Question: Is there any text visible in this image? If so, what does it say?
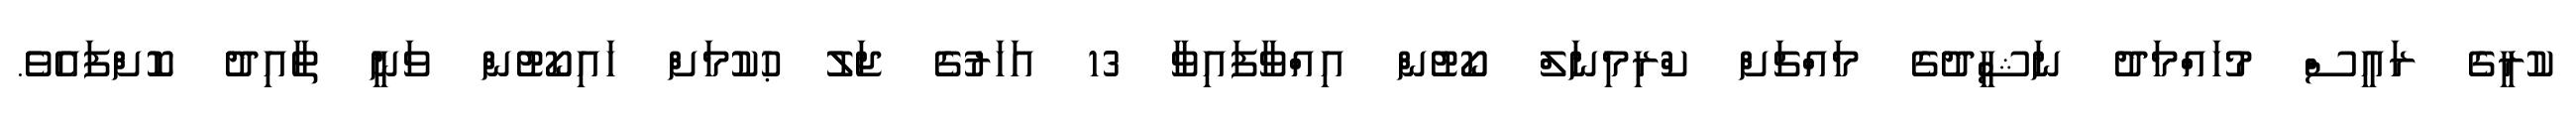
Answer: ކުރީގެ ރައީސް މުހައްމަދު ނަޝީދުގެ މައްޗަށް ކްރިމިނަލް ކޯޓުން އިއްވާފައިވާ 13 އަހަރުގެ ޖަލު ޙުކުމަށް ހައިކޯޓުން ވަނީ ތާއިދު ކޮށްފައެވެ.